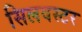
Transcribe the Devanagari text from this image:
सिलवस्टर